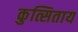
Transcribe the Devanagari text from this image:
कुत्सिताय